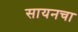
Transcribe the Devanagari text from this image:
सायनचा